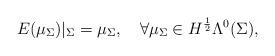
LaTeX: \begin{align*} E(\mu_{\Sigma})|_{\Sigma}=\mu_{\Sigma},\quad\forall\mu_{\Sigma}\in H^{\frac{1}{2}}\Lambda^{0}(\Sigma), \end{align*}